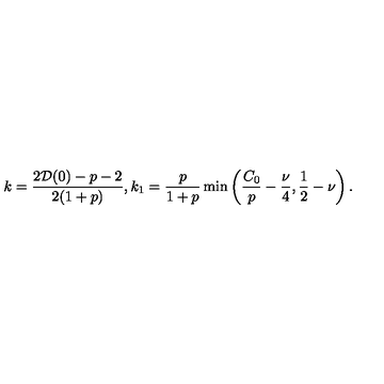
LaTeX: k = \frac { 2 { \cal D } ( 0 ) - p - 2 } { 2 ( 1 + p ) } , k _ { 1 } = \frac { p } { 1 + p } \min \left( \frac { C _ { 0 } } { p } - \frac { \nu } { 4 } , \frac { 1 } { 2 } - \nu \right) \mathrm { . }